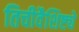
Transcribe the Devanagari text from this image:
तिचीवैशिष्ट्ये